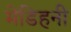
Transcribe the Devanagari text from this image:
मेडिहनी